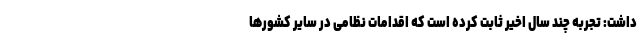
داشت: تجربه چند سال اخیر ثابت کرده است که اقدامات نظامی در سایر کشورها